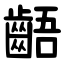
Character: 齬